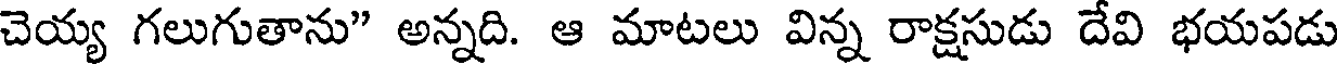
చెయ్య గలుగుతాను" అన్నది. ఆ మాటలు విన్న రాక్షసుడు దేవి భయపడు